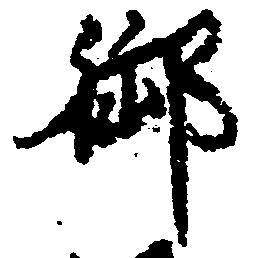
御